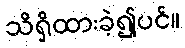
သိရှိထားခဲ့၍ပင်။